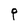
Character: P